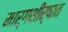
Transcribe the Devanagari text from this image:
मार्गशीर्षात